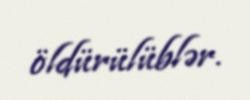
öldürülüblər.